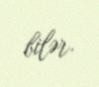
bilər.